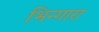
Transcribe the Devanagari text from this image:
भिन्गारा